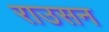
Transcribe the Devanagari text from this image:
राउसन